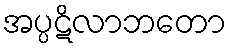
အပ္ပဋိလာဘတော